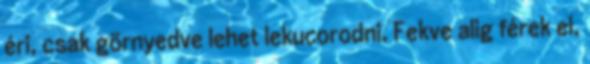
éri, csak görnyedve lehet lekucorodni. Fekve alig férek el,